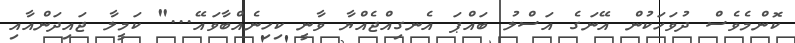
ކޮންމެވެސް ދުވަހަކުން އޭނަގެ އަސްލު ބައްޕަ އެނގިއްޖެއްޔާ ވާނީ ކިހިނެއްބާވައޭ..." ކަމީލާ ޖައިދަންއާއި